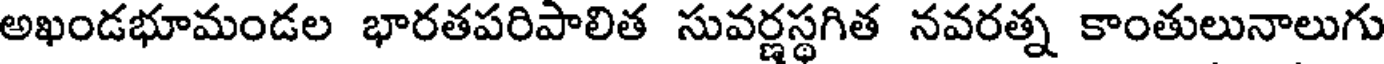
అఖండభూమండల భారతపరిపాలిత సువర్ణస్థగిత నవరత్న కాంతులునాలుగు